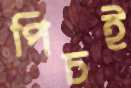
পিচই